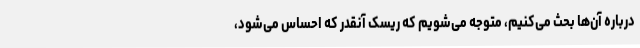
درباره آن‌ها بحث می‌کنیم، متوجه می‌شویم که ریسک آنقدر که احساس می‌شود،